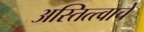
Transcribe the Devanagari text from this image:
अस्तित्त्वाचे